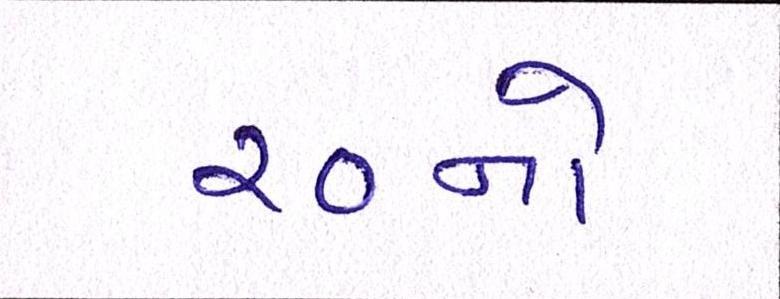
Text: ૨૦નો